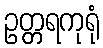
ဥတ္တရကုရုံ